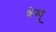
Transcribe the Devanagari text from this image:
केव्यू